Vaccine operations Central Provinces & Berar 1912-1920 - 1912-1920
Year: 1912
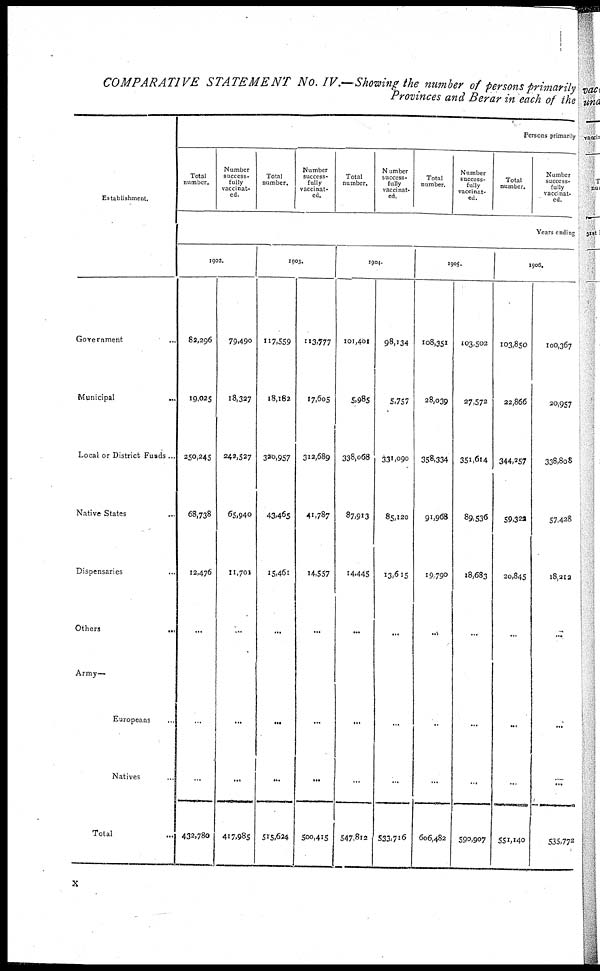
COMPARATIVE STATEMENT No. IV.—Showing the number of persons primarily
Provinces and Berar in each of the
Establishment.
Government ...
Municipal
...
Local or District Funds ...
Native States ...
Dispensaries ...
Others
...
Army—
Europeans ...
Natives ...
Total ...
Persons primarily
Total
number.
Number
success-
fully
vaccinat-
ed.
Total
number.
Number
success-
fully
vaccinat-
ed.
Total
number.
Number
success-
fully
vaccinat-
ed.
Total
number.
Number
success-
fully
vaccinat-
ed.
Total
number.
Number
success-
fully
vaccinat-
ed.
Years ending
1902.
82,296
19,025
250,245
68,738
12,476
...
...
...
432,780
79,490
18,327
242,527
65,940
11,701
...
...
...
417,985
1903.
117,559
18,162
326,957
43,465
15,461
...
...
...
515,624
113,777
17,605
312,689
41,787
14,557
...
...
...
500,415
1904.
101,401
5,985
338,068
87,913
14,445
...
...
...
547,812
98,134
5,757
331,090
85,120
13,615
...
...
...
533,716
1905.
108,351
28,039
358,334
91,968
19,790
...
...
...
606,482
103,502
27,572
351,614
89,536
18,683
...
...
...
590,907
1906.
103,850
22,866
344,257
59,322
20,845
...
...
...
551,140
100,367
20,957
338,808
57,428
l8,212
...
...
...
535,772
x